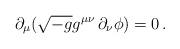
LaTeX: \begin{align*}\partial_\mu(\sqrt{-g}g^{\mu\nu}\,\partial_\nu\phi)=0\,.\end{align*}